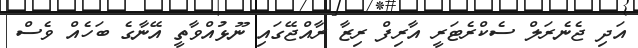
އަދި ޖެނެރަލް ސެކްރެޓަރީ އާރިފް ރިޒާ ރާއްޖޭގައި ނޫޅުއްވާތީ އޭނާގެ ބަހެއް ވެސް